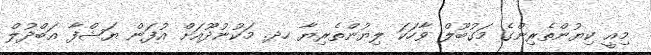
މިއީ ކިޔުންތެރިންގެ މަގުބޫލް ވާހަކަ ލިޔުންތެރިޔާ ހދ. މަކުނުދޫއަށް އުފަން ޔަޝްފާ އަބްދުލް